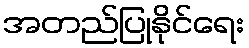
အတည်ပြုနိုင်ရေး